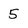
Character: 5